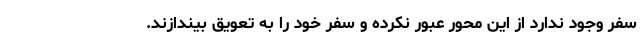
سفر وجود ندارد از این محور عبور نکرده و سفر خود را به تعویق بیندازند.